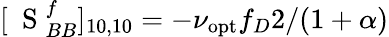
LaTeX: [\mathrm{~\mathbf~S~}_{BB}^{f}]_{10,10}=-\nu_{\mathrm{opt}}f_{D}2/(1+\alpha)